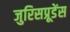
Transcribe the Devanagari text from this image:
जुरिसप्रूडेंस